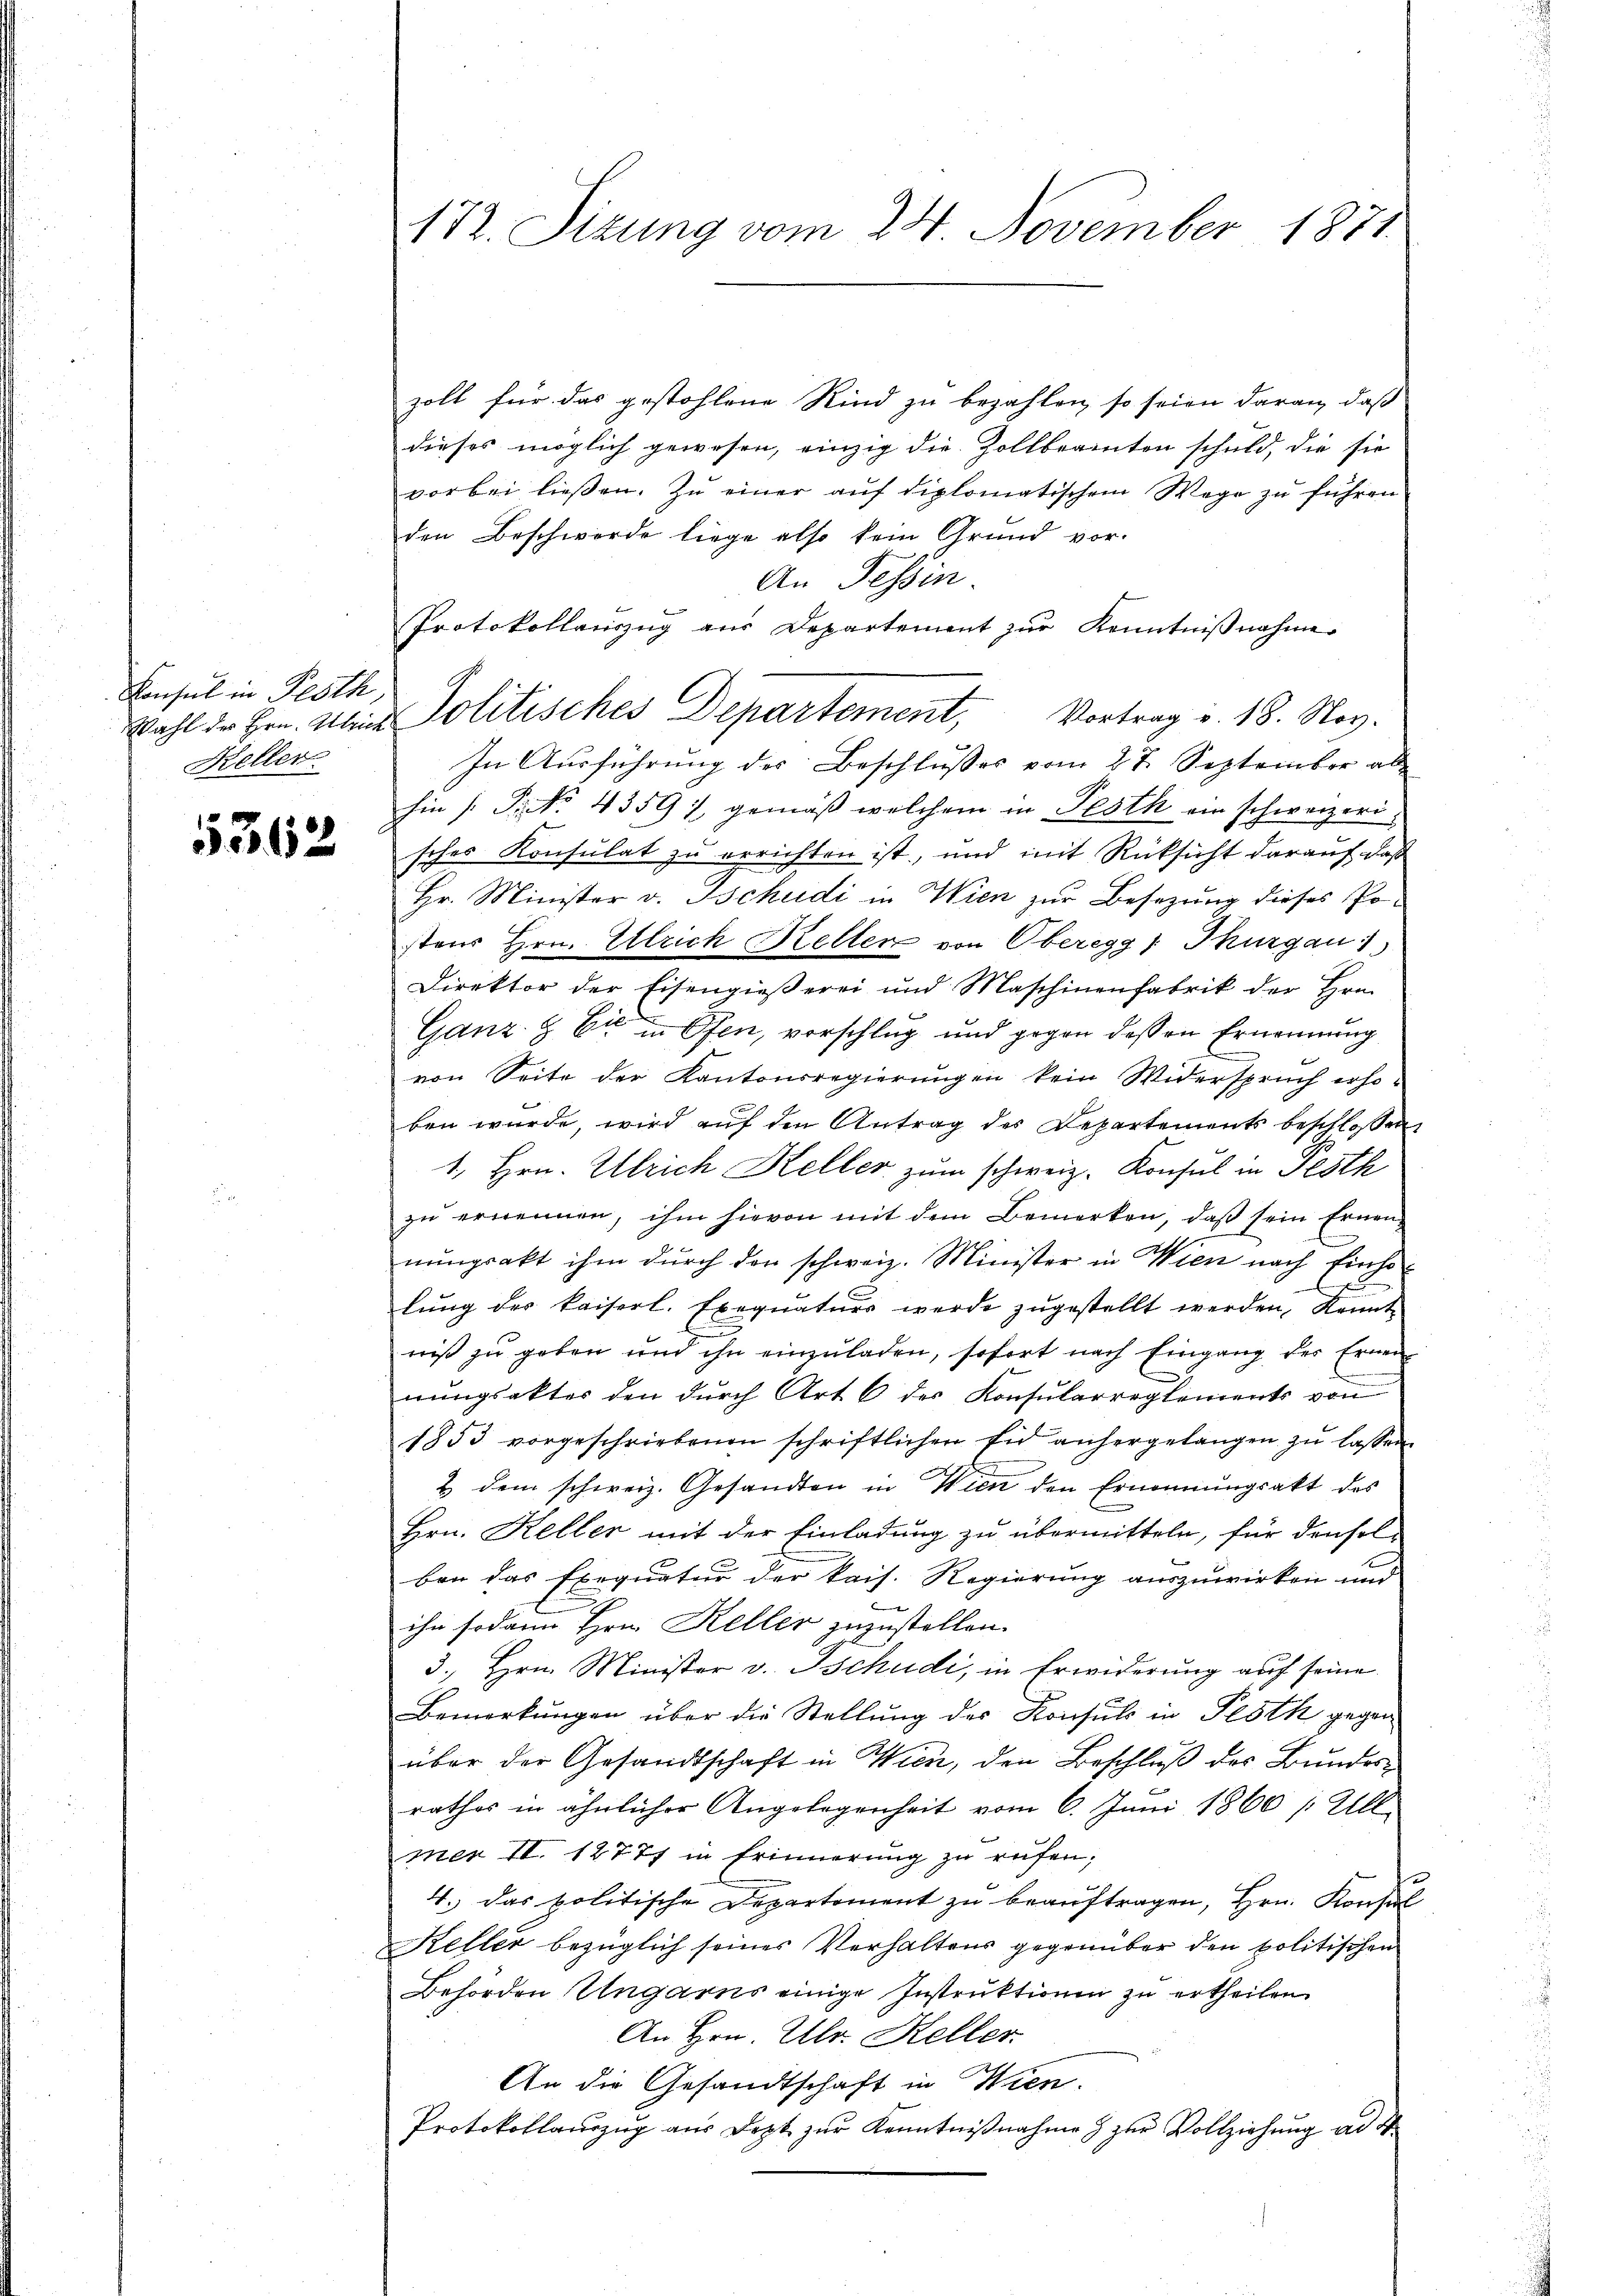
Konsul in Pesth,
Keller.

5362

zoll für das gestohlene Kind zu bezahlen, so seien daran, daß
dieses möglich gewesen, einzig die Zollbeamten schuld, die sie
vorbei lieβen. Zŭ einer aŭf diplomatischem Wege zŭ führen.
den Beschwerde liege also kein Grund vor.
An Tessin
Protokollauszug aus Departement zur Kenntnißnahme
Wahl der Hrn. Mais Politisches Departement, Vortrag v. 18. Nov.
In Aŭsführŭng der Beschlŭsses vom 27. September ab
hin (Frk. 4359 :/ gemäß welchem in Pesth ein schweizerisches Konsulat zu errichten ist, und mit Rücksicht darauf, daß
Hr. Minister v. Tschudi in Wien zur Besetzung dieses Postens Hrn. Ulrich Kellen von Oberegg, Thurgau 1
Direktor der Eisengießerei und Maschinenfabrik der Hrn.
Ganz & Cie in Ofen, vorschlug und gegen dessen Ernennung
von Seite der Kantonsregierungen kein Widerspruch erhoben wurde, wird auf den Antrag des Departements beschlossen
1., Hrn. Ulrich Keller zum schweiz. Konsul in Pesth
zŭ ernennen, ihm hievon mit dem Bemerken, daβ sein Ernen-
nungsakt ihm durch den schweiz. Minister in Wien nach Einho
lung des kaiserl. Exequaturs werde zugestellt werden, kannt
n
niß zu geben und ihn einzuladen, sofort nach Eingang des Ernen-
nungsakter den durch Art. 6 der Konsularreglements von
1853 vorgeschriebenen schriftlichen Eid anhergelangen zŭ lassen.
2 dem schweiz. Gesandten in Wien den Ernennungsakt des
Hrn. Keller mit der Einladung zu übermitteln, für den sol-
ben das Exequatur der kais. Regierung auszuwirken und
e
ihn sodann Hrn. Keller zuzustellen.
3. Hrn. Minister v. Tschudi, in Erwiderung auf seine
Bemerkungen über die Stellung des Konsuls in Pesth gegen
über der Gesandtschaft in Wien, den Beschluß des Bundesrathes in ähnlicher Angelegenheit vom 6. Juni 1860 / Ull
mer II. 12777 in Erinnerung zŭ reifen;
2
4. das politische Departement zu beauftragen, Hrn. Konsul
Keller bezüglich seines Verhaltens gegenüber den politischen
Behörden Ungarns einige Instruktionen zu ertheilen.
An Hrn. Ulr. Keller
An die Gesandtschaft in Wien.
Protokollauszug aus Dezt zur Kenntnißnahme & zur Vollziehung ad 4.

172. Sizung vom 24. November 1871